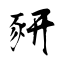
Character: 豜